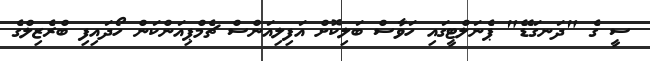
ސީ ގެ "ދަނގަޑޭ" ޕެނަލްޓީގައި ހަވާސް ބަލިކޮށް އަފިލިއަންސް ޗެމްޕިއަންކަން ހޯދައިފި ބްރެޒިލްގެ